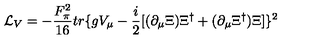
{ \cal { L } } _ { V } = - \frac { F _ { \pi } ^ { 2 } } { 1 6 } t r \{ g V _ { \mu } - \frac { i } { 2 } [ ( \partial _ { \mu } \Xi ) \Xi ^ { \dag } + ( \partial _ { \mu } \Xi ^ { \dag } ) \Xi ] \} ^ { 2 }